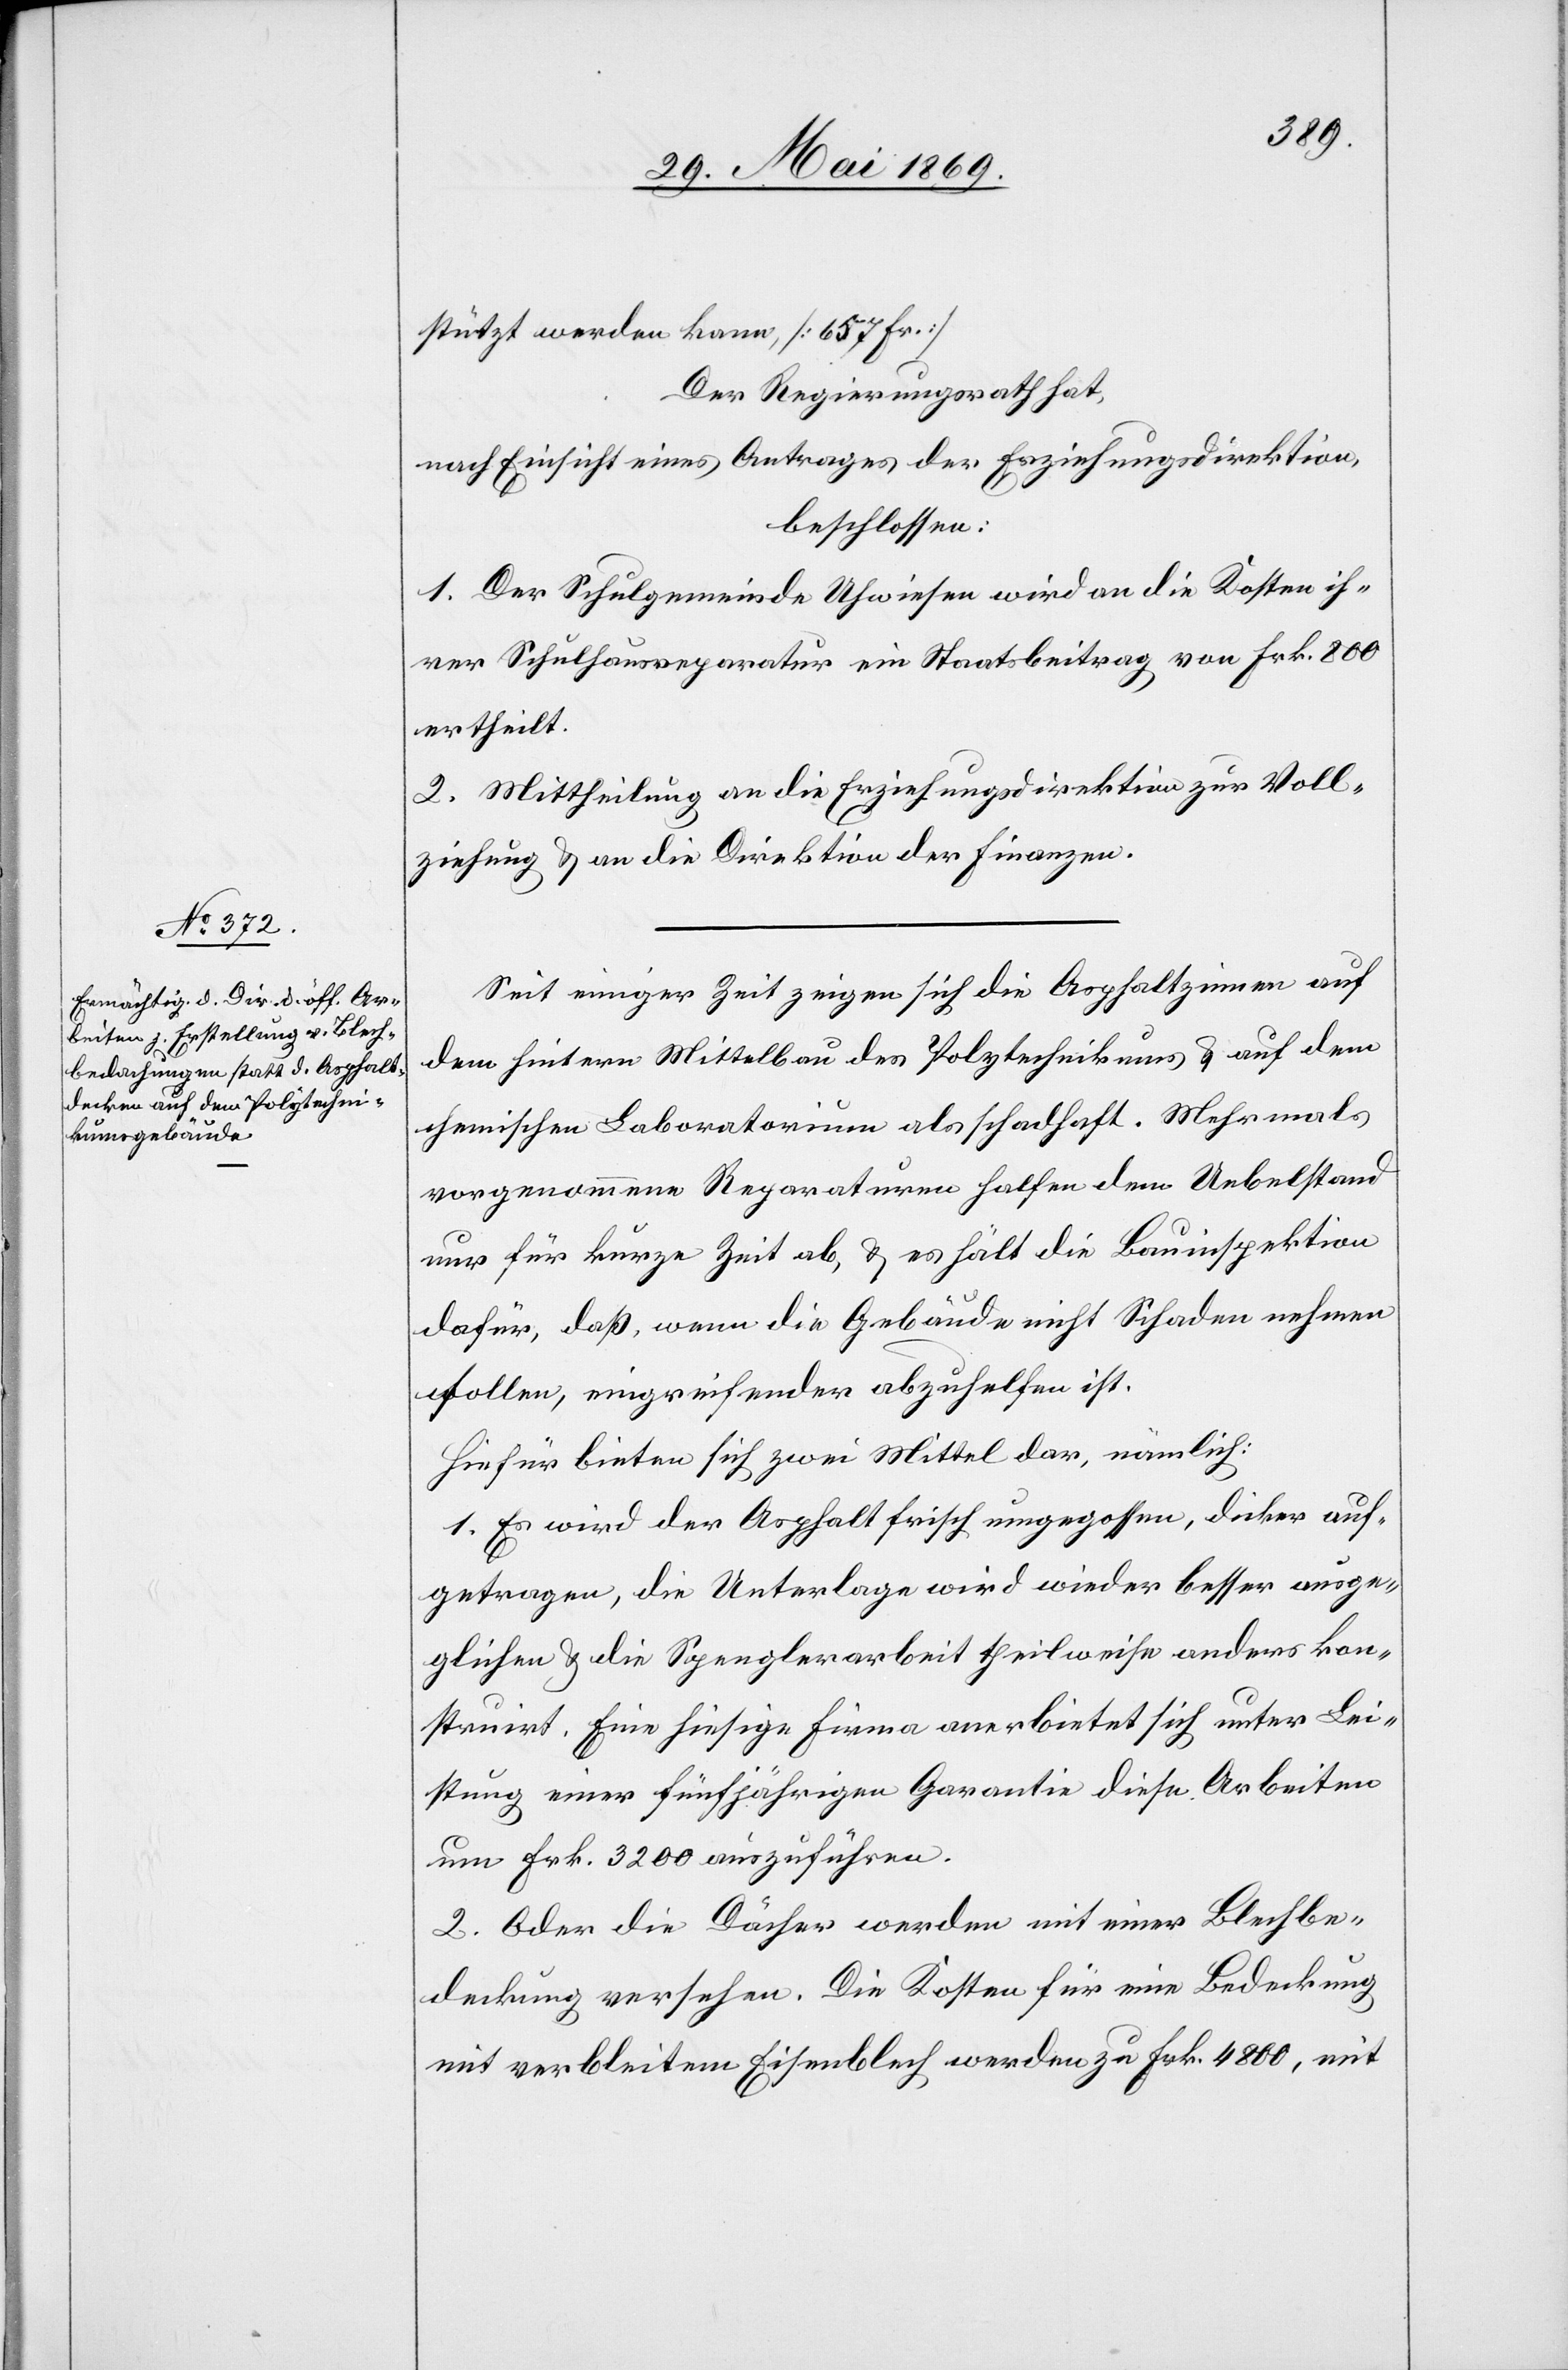
Seit einiger Zeit zeigen sich die Asphaltzinnen auf
dem hintern Mittelbau des Polytechnikums u. auf dem
chemischen Laboratorium als schadhaft. Mehrmals
vorgenommene Reparaturen halfen dem Uebelstand
nur für kurze Zeit ab, u. es hält die Bauinspektion
dafür, daß, wenn die Gebäude nicht Schaden nehmen
sollen, eingreifender abzuhelfen ist.
Hiefür bieten sich zwei Mittel dar, nämlich.
1. Es wird der Asphalt frisch umgegossen, dicker auf¬
getragen, die Unterlage wird wieder besser ausge¬
glichen u. die Spenglerarbeit theilweise anders kon¬
struirt. Eine hiesige Firma anerbietet sich unter Lei¬
tung einer fünfjährigen Garantie diese Arbeiten
um Frk. 3200 auszuführen.
2. Oder die Dächer werden mit einer Blechbe¬
deckung versehen. Die Kosten für eine Bedeckung
mit verbleitem Eisenblech werden zu Frk. 4800, mit